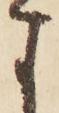
す